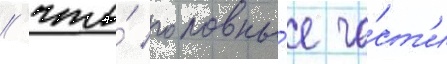
/ что́ головны́е ча́ст'и